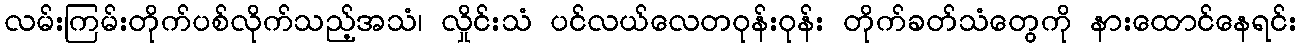
လမ်းကြမ်းတိုက်ပစ်လိုက်သည့်အသံ၊ လှိုင်းသံ ပင်လယ်လေတဝုန်းဝုန်း တိုက်ခတ်သံတွေကို နားထောင်နေရင်း